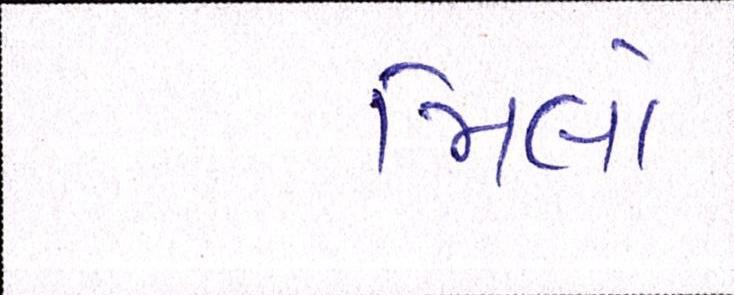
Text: મિલો